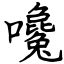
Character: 嚵